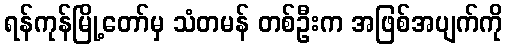
ရန်ကုန်မြို့တော်မှ သံတမန် တစ်ဦးက အဖြစ်အပျက်ကို